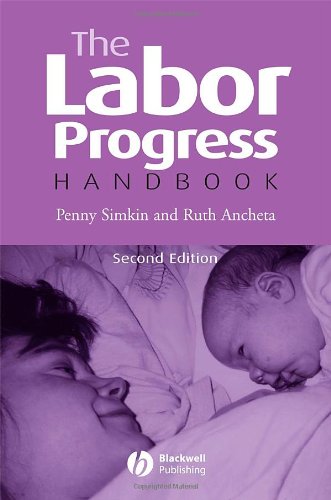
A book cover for The Labor Progress Handbook: Early Interventions to Prevent and Treat Dystocia; Penny Simkin; Medical Books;